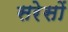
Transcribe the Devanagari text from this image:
सरेसों